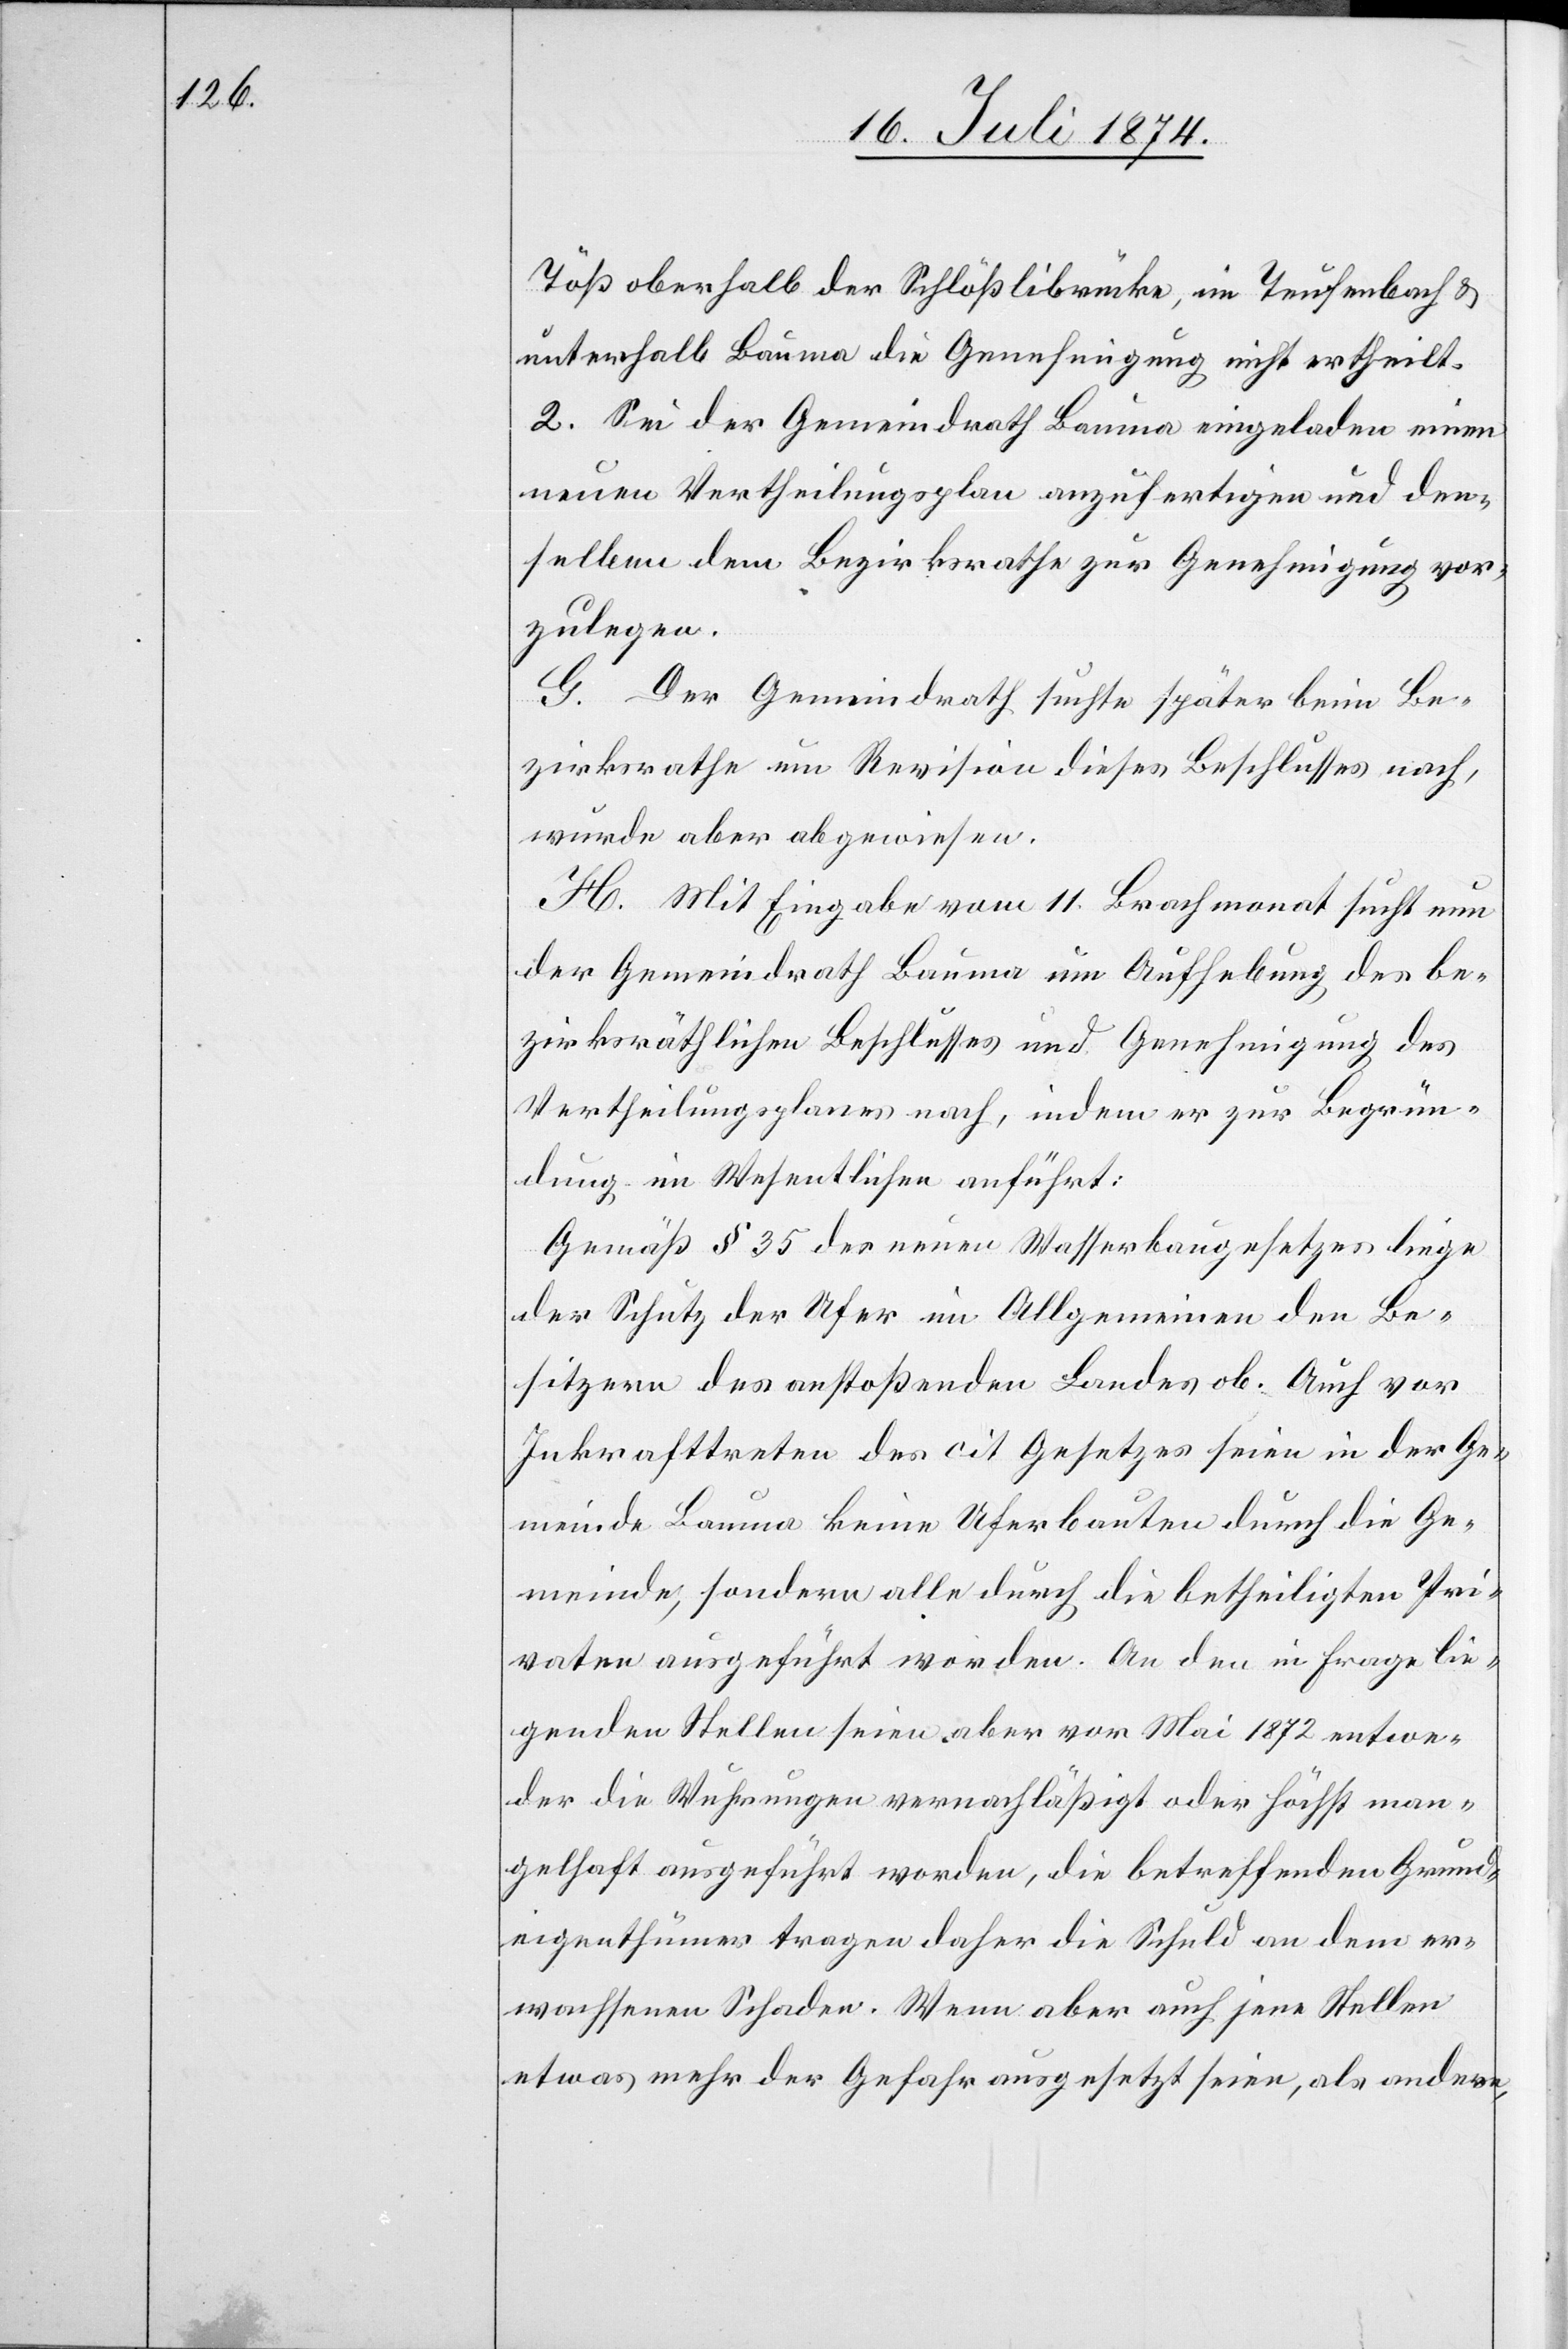
Töß oberhalb der Schlößlibrücke, im Teufenbach u.
unterhalb Bauma die Genehmigung nicht ertheilt.
2. Sei der Gemeindrath Bauma eingeladen einen
neuen Vertheilungsplan anzufertigen und den¬
selben dem Bezirksrathe zur Genehmigung vor¬
zulegen.
G. Der Gemeindrath suchte später beim Be¬
zirksrathe um Revision dieses Beschlusses nach,
wurde aber abgewiesen.
H. Mit Eingabe vom 11. Brachmonat sucht nun
der Gemeindrath Bauma um Aufhebung des be¬
zirksräthlichen Beschlusses und Genehmigung des
Vertheilungsplanes nach, indem er zur Begrün¬
dung im Wesentlichen anführt:
Gemäß § 35 des neuen Wasserbaugesetzes liege
der Schutz der Ufer im Allgemeinen den Be¬
sitzern des anstoßenden Landes ob. Auch vor
Inkrafttreten des cit. Gesetzes seien in der Ge¬
meinde Bauma keine Uferbauten durch die Ge¬
meinde, sondern alle durch die betheiligten Pri¬
vaten ausgeführt worden. An den in Frage lie¬
genden Stellen seien aber vor Mai 1872 entwe¬
der die Wuhrungen vernachläßigt oder höchst man¬
gelhaft ausgeführt worden, die betreffenden Grund¬
eigenthümer tragen daher die Schuld an dem er¬
wachsenen Schaden. Wenn aber auch jene Stellen
etwas mehr der Gefahr ausgesetzt seien, als andere,